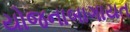
યોજનાબાગાયત